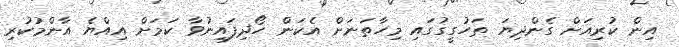
އިން ކުރިއަށް ގެންދިޔަ ތަހުގީގުގައި މިހާތަނަށް އެކަން ހޯދިފައިނުވާ ކަމަށް އިއްޔެ އާންމުކުރި